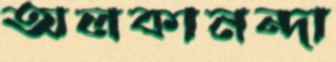
অলকানন্দা